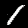
Digit: 1